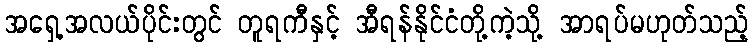
အရှေ့အလယ်ပိုင်းတွင် တူရကီနှင့် အီရန်နိုင်ငံတို့ကဲ့သို့ အာရပ်မဟုတ်သည့်